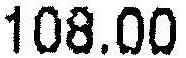
108.00